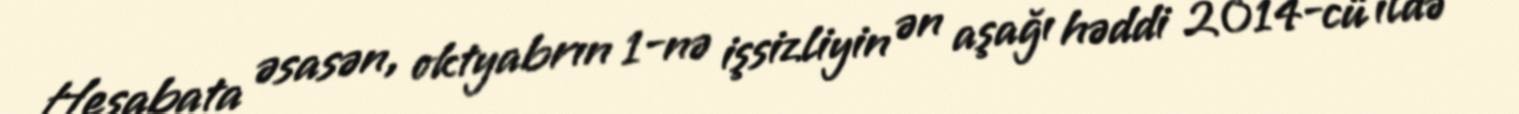
Hesabata əsasən, oktyabrın 1-nə işsizliyin ən aşağı həddi 2014-cü ildə